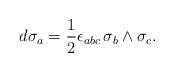
LaTeX: \begin{align*}d\sigma_a=\frac{1}{2}\epsilon_{abc}\,\sigma_b\wedge\sigma_c.\end{align*}